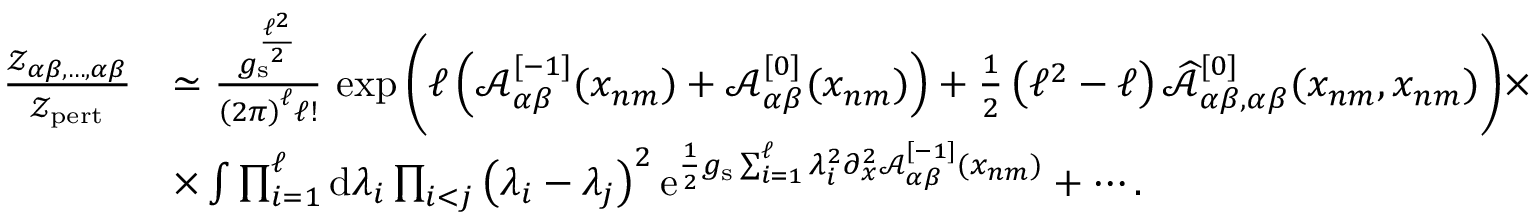
\begin{array} { r l } { \frac { { \mathscr Z } _ { \alpha \beta , \ldots , \alpha \beta } } { { \mathscr Z } _ { \mathrm { p e r t } } } } & { \simeq \frac { g _ { \mathrm { s } } ^ { \frac { \ell ^ { 2 } } { 2 } } } { \left( 2 \pi \right) ^ { \ell } \ell ! } \, \exp \Bigg ( \ell \left( { \mathcal A } _ { \alpha \beta } ^ { [ - 1 ] } ( x _ { n m } ) + { \mathcal A } _ { \alpha \beta } ^ { [ 0 ] } ( x _ { n m } ) \right) + \frac { 1 } { 2 } \left( \ell ^ { 2 } - \ell \right) \widehat { { \mathcal A } } _ { \alpha \beta , \alpha \beta } ^ { [ 0 ] } ( x _ { n m } , x _ { n m } ) \Bigg ) \times } \\ & { \times \int \prod _ { i = 1 } ^ { \ell } \mathrm { d } \lambda _ { i } \prod _ { i < j } \left( \lambda _ { i } - \lambda _ { j } \right) ^ { 2 } { \mathrm { e } } ^ { \frac { 1 } { 2 } g _ { \mathrm { s } } \sum _ { i = 1 } ^ { \ell } \lambda _ { i } ^ { 2 } \partial _ { x } ^ { 2 } { \mathcal A } _ { \alpha \beta } ^ { [ - 1 ] } ( x _ { n m } ) } + \cdots . } \end{array}